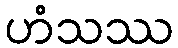
ဟံသဿ